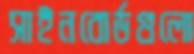
সাইনবোর্ডগুলো